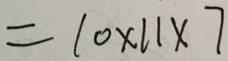
= 1 0 \times 1 1 \times 7